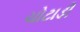
ચોટાડી